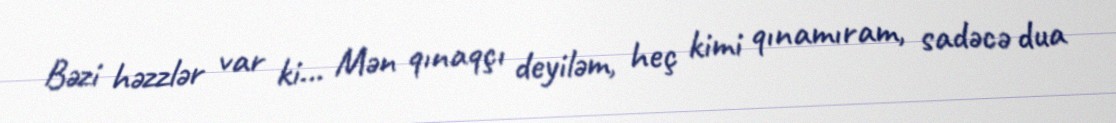
Bəzi həzzlər var ki... Mən qınaqçı deyiləm, heç kimi qınamıram, sadəcə dua